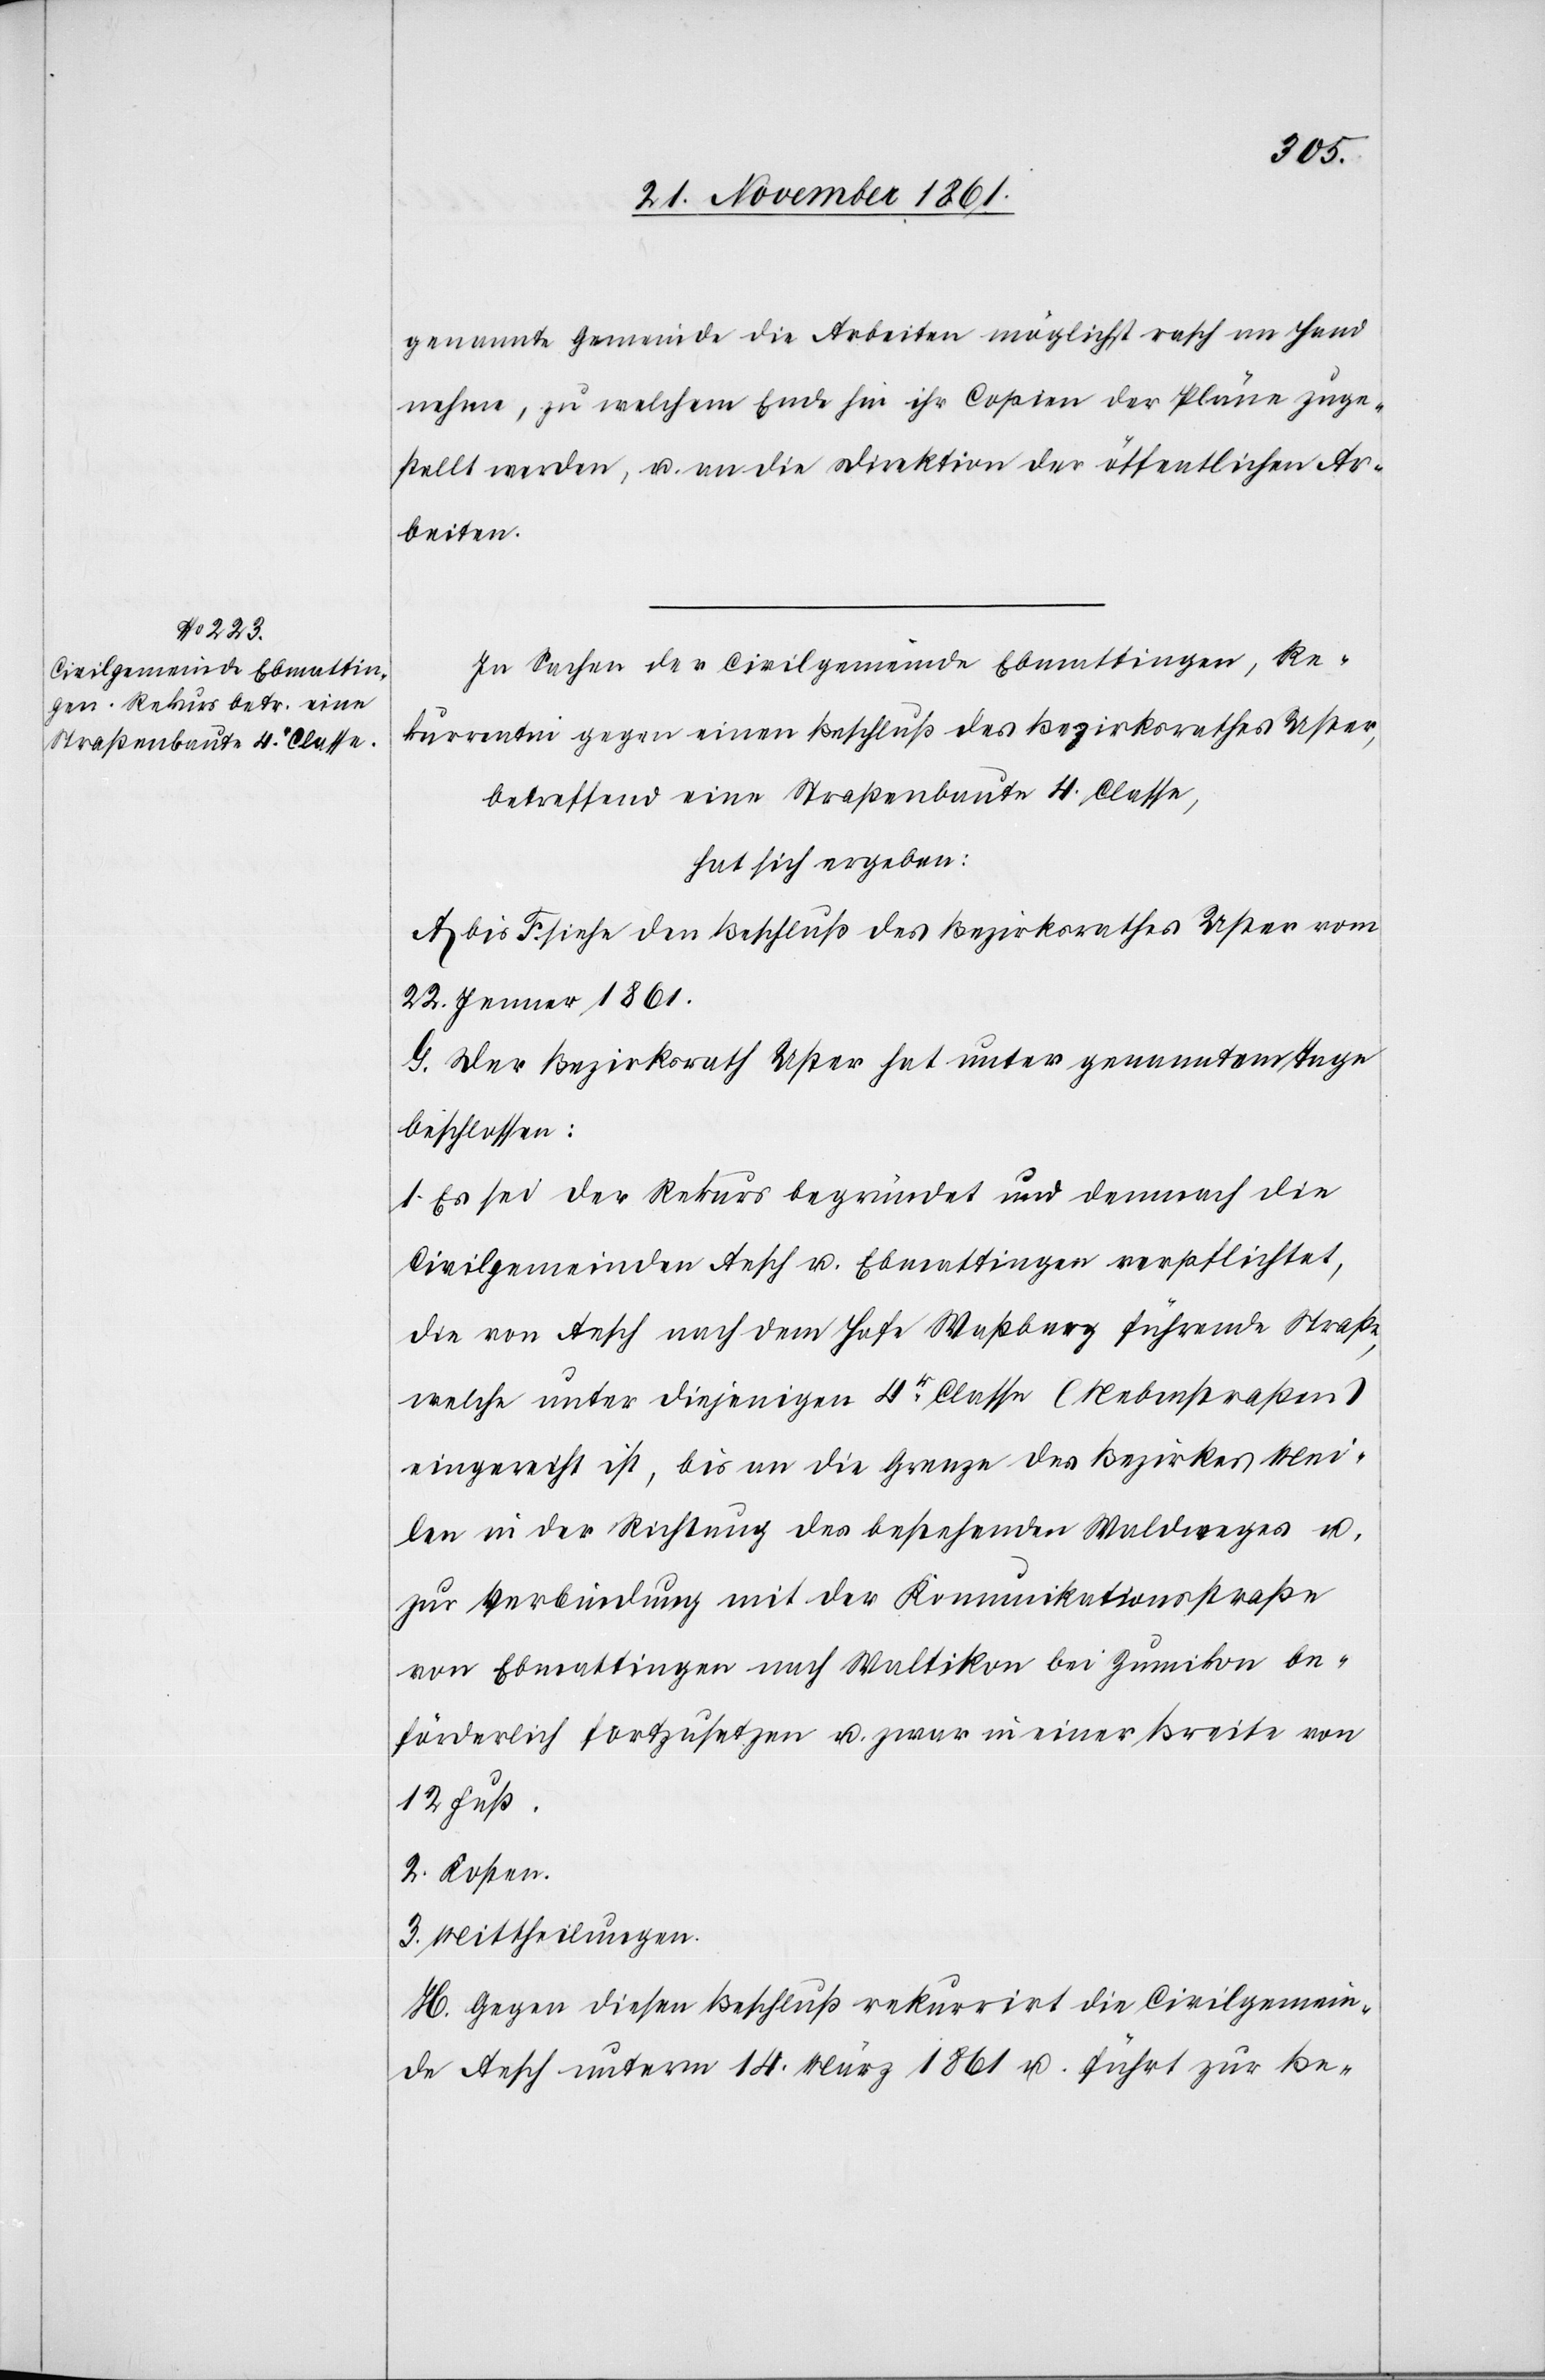
genannte Gemeinde die Arbeiten möglichst rasch an Hand
nehme, zu welchem Ende hin ihr Copien der Pläne zuge¬
stellt werden, u. an die Direktion der öffentlichen Ar¬
beiten.
In Sachen der Civilgemeinde Ebmattingen, Re¬
kurrentin gegen einen Beschluß des Bezirksrathes Uster,
betreffend eine Straßenbaute 4. Classe,
hat sich ergeben:
A. bis F. siehe den Beschluß des Bezirksrathes Uster vom
22 Jenner 1861.
G. Der Bezirksrath Uster hat unter genanntem Tage
beschlossen:
1. Es sei der Rekurs begründet und demnach die
Civilgemeinden Aesch u. Ebmattingen verpflichtet,
die von Aesch nach dem Hofe Waßberg führende Straße
welche unter diejenigen 4r Classe (Nebenstraßen)
eingereiht ist, bis an die Grenze des Bezirkes Mei¬
len in der Richtung des bestehenden Waldweges u.
zur Verbindung mit der Kommunikationsstraße
von Ebmattingen nach Waltikon bei Zumikon be¬
förderlich fortzusetzen u. zwar in einer Breite von
12 Fuß.
2. Kosten.
3. Mittheilungen.
H. Gegen diesen Beschluß rekurrirt die Civilgemein¬
de Aesch unterm 14 März 1861 u. führt zur Be-